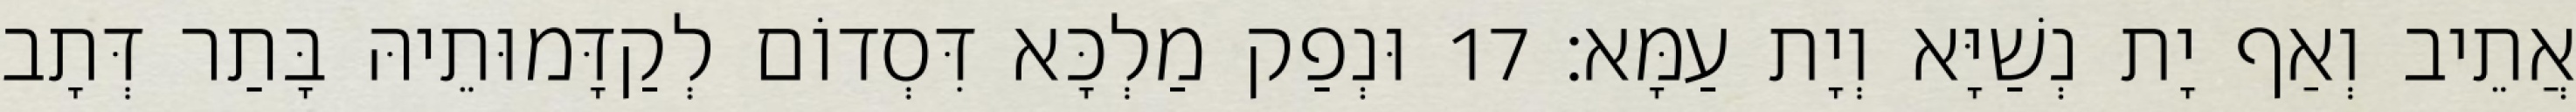
אֲתֵיב וְאַף יָת נְשַׁיָּא וְיָת עַמָּא׃ 17 וּנְפַק מַלְכָּא דִּסְדוֹם לְקַדָּמוּתֵיהּ בָּתַר דְּתָב